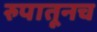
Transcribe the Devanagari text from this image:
रुपातूनच